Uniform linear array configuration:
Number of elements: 8
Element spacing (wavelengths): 0.75
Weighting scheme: hann
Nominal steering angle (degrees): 45
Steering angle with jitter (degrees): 43.351
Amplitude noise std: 0.05
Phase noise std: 0.05

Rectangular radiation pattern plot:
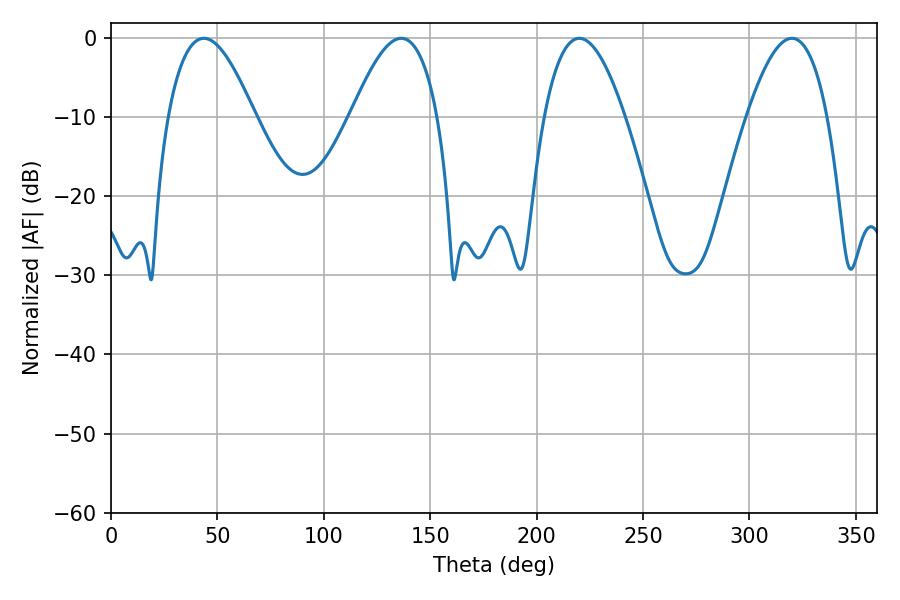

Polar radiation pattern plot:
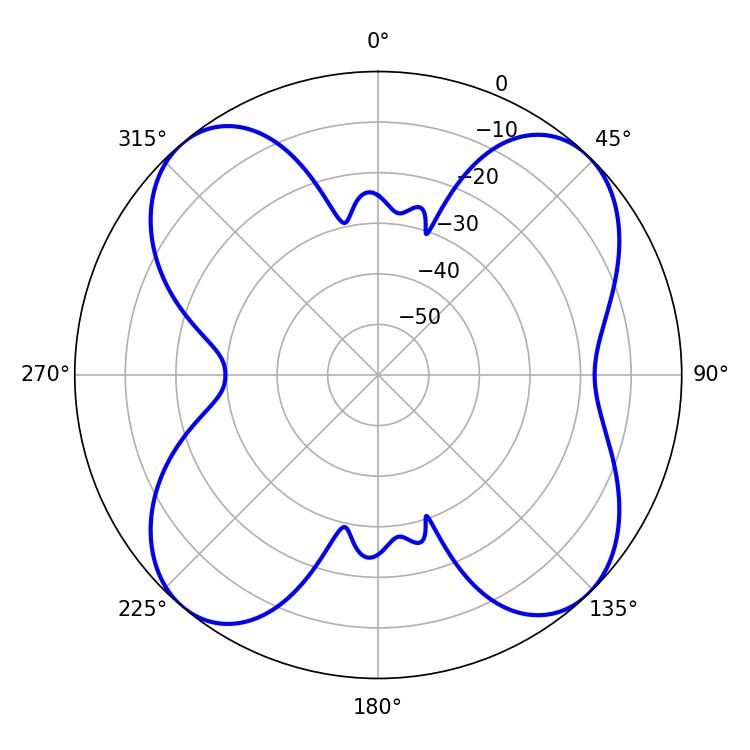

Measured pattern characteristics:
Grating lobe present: TRUE
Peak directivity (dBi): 13.281
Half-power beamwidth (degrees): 22.14
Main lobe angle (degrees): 43.56